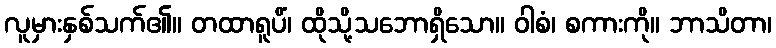
လူမှားနှစ်သက်၏။ တထာရူပိံ၊ ထိုသို့သဘောရှိသော။ ဝါစံ၊ စကားကို။ ဘာသိတာ၊